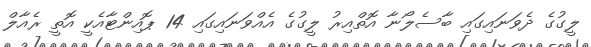
ލީގުގެ ދެވަނައިގައި ބާސެލޯނާ އޮތްއިރު ލީގުގެ އެއްވަނައިގައި 14 ޕޮއިންޓާއެކީ އޮތީ ރެއާލް